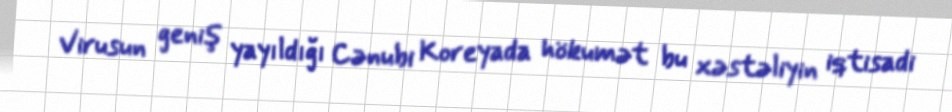
Virusun geniş yayıldığı Cənubi Koreyada hökumət bu xəstəliyin iqtisadi